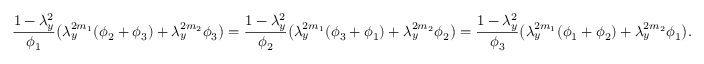
\frac { 1 - \lambda _ { y } ^ { 2 } } { \phi _ { 1 } } \big ( \lambda _ { y } ^ { 2 m _ { 1 } } ( \phi _ { 2 } + \phi _ { 3 } ) + \lambda _ { y } ^ { 2 m _ { 2 } } \phi _ { 3 } \big ) = \frac { 1 - \lambda _ { y } ^ { 2 } } { \phi _ { 2 } } \big ( \lambda _ { y } ^ { 2 m _ { 1 } } ( \phi _ { 3 } + \phi _ { 1 } ) + \lambda _ { y } ^ { 2 m _ { 2 } } \phi _ { 2 } \big ) = \frac { 1 - \lambda _ { y } ^ { 2 } } { \phi _ { 3 } } \big ( \lambda _ { y } ^ { 2 m _ { 1 } } ( \phi _ { 1 } + \phi _ { 2 } ) + \lambda _ { y } ^ { 2 m _ { 2 } } \phi _ { 1 } \big ) .